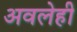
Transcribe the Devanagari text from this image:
अवलेही